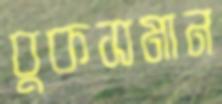
বুকসমান